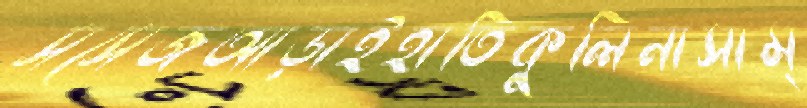
সসেজআড়াইহাতিকুলিনাসাম্